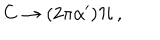
C \rightarrow ( 2 \pi \alpha ^ { \prime } ) { \cal H } \, ,